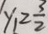
y _ { 1 } \geq \frac { 3 } { 2 }